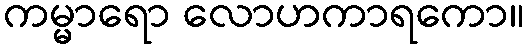
ကမ္မာရော လောဟကာရကော။